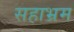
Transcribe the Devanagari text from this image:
सहाभ्रम